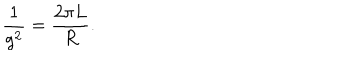
LaTeX: \frac { 1 } { g ^ { 2 } } = \frac { 2 \pi L } { R } .